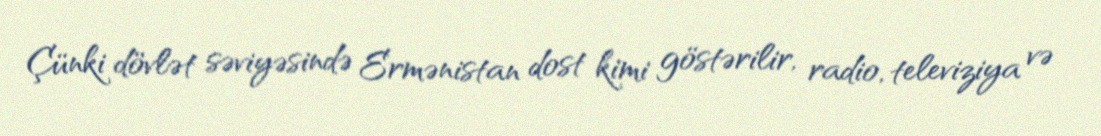
Çünki dövlət səviyəsində Ermənistan dost kimi göstərilir, radio, televiziya və